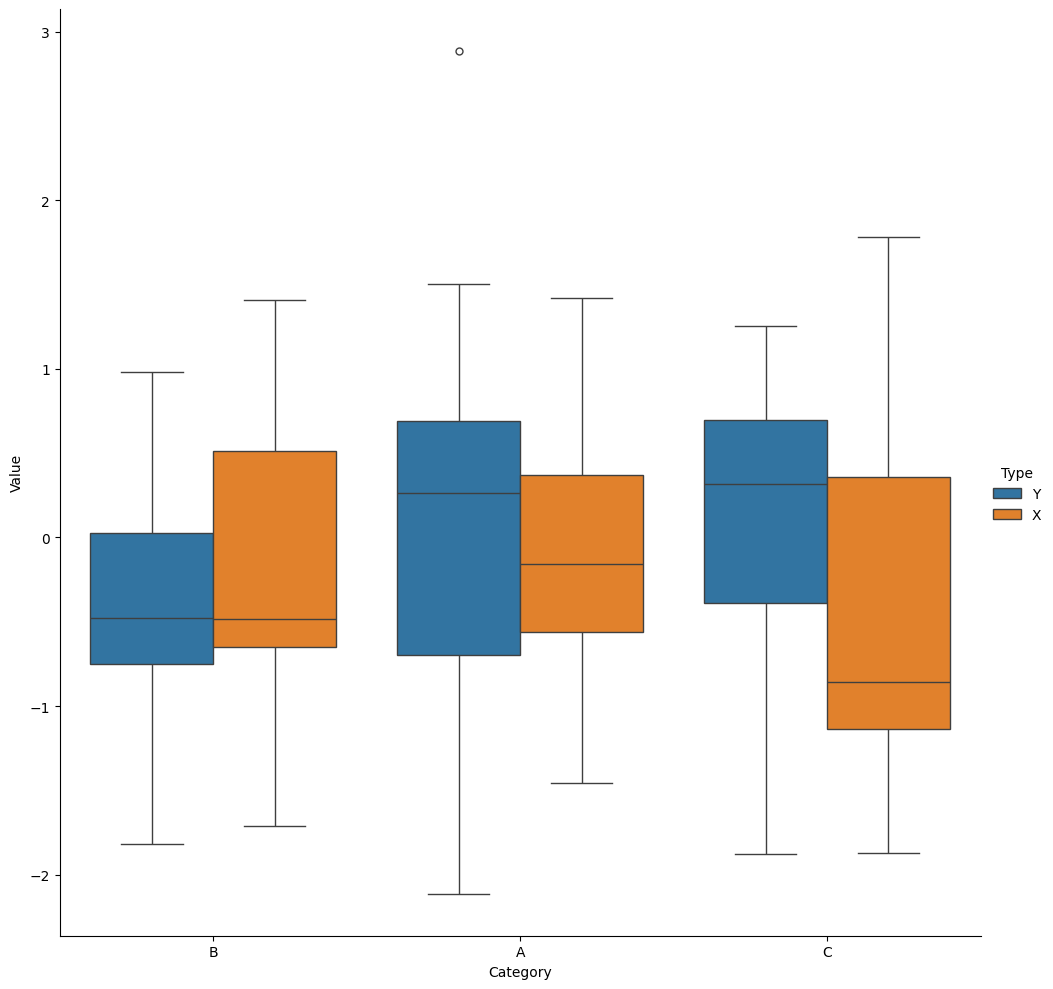
python, seaborn, catplot, kind='box', height=10, aspect=1